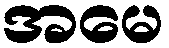
အမေ